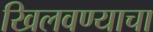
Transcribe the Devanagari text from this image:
खिलवण्याचा